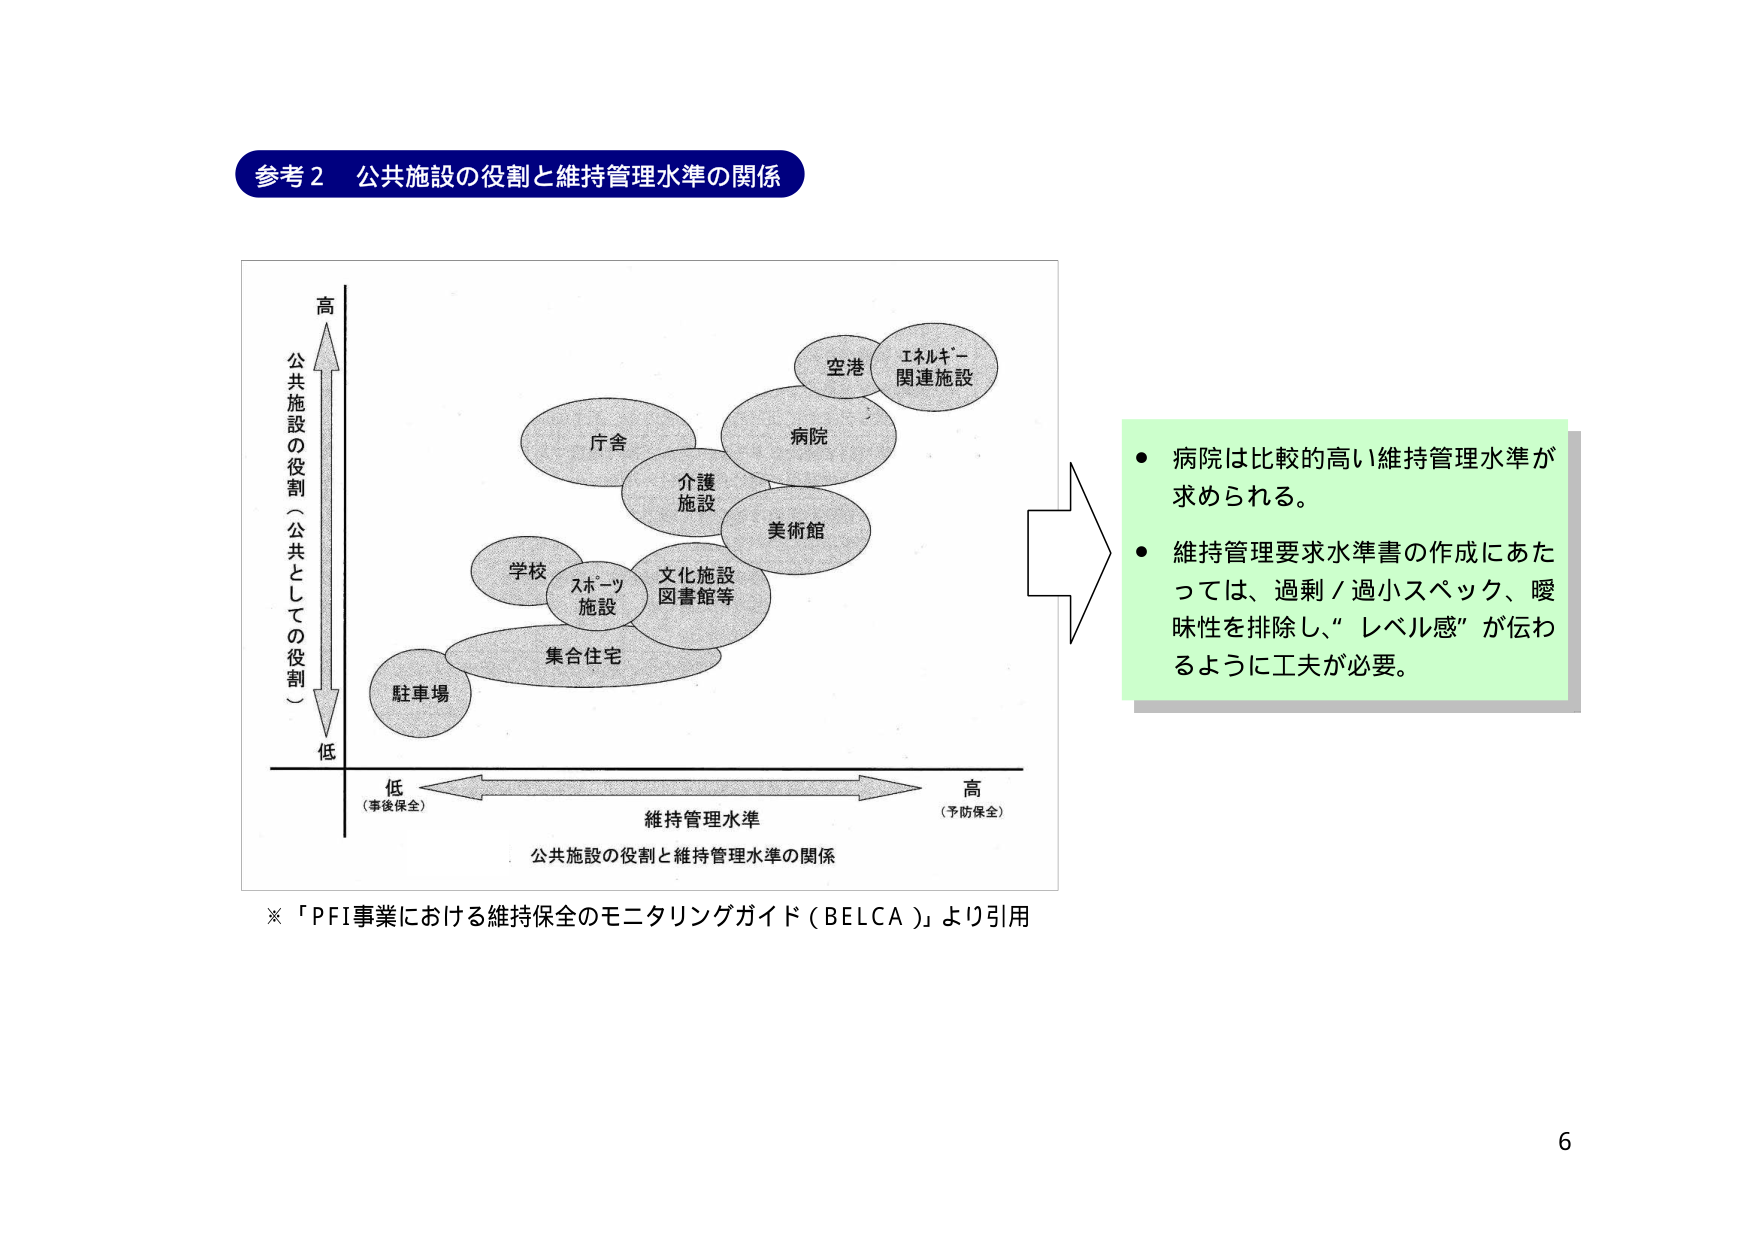
参考2 公共施設の役割と維持管理水準の関係

高
公共施設の役割（公共としての役割）
低

低（事後保全） 維持管理水準 高（予防保全）

駐車場
集合住宅
学校 スポーツ施設
文化施設 図書館等
介護施設
庁舎
病院
美術館
空港
エネルギー関連施設

公共施設の役割と維持管理水準の関係

※「PFI事業における維持保全のモニタリングガイド（BELCA）」より引用

● 病院は比較的高い維持管理水準が求められる。
● 維持管理要求水準書の作成にあたっては、過剰／過小スペック、曖昧性を排除し、“レベル感”が伝わるように工夫が必要。

6